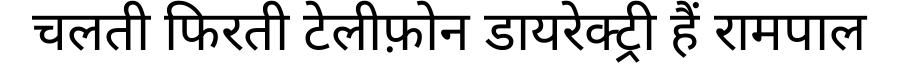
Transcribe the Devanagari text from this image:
चलती फिरती टेलीफ़ोन डायरेक्ट्री हैं रामपाल